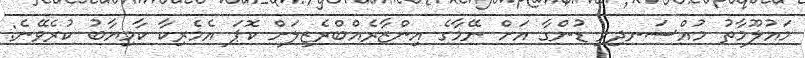
މައުލޫމާތު މުއްސަނދިވި ޑުންގާ އަށް ނޭމާގެ އިންޒާރެއްބްރެޒިލަށް ކޮޕަ އެމެރިކާ ކާމިޔާބު ކުރެވޭނެ: